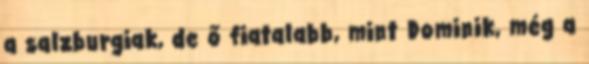
a salzburgiak, de ő fiatalabb, mint Dominik, még a